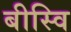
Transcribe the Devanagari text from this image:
बीस्वि